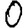
Digit: 0